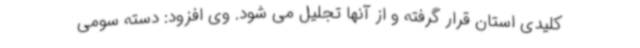
کلیدی استان قرار گرفته و از آنها تجلیل می شود. وی افزود: دسته سومی